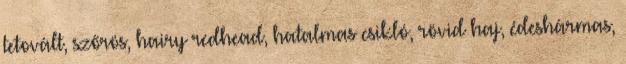
tetovált, szőrös, hairy redhead, hatalmas csikló, rövid haj, édeshármas,